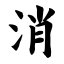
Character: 消